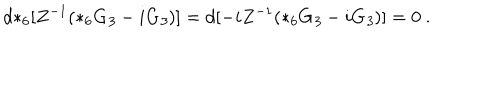
d { * _ { 6 } } [ Z ^ { - 1 } ( * _ { 6 } G _ { \it 3 } - i G _ { \it 3 } ) ] = d [ - i Z ^ { - 1 } ( * _ { 6 } G _ { \it 3 } - i G _ { \it 3 } ) ] = 0 \ .